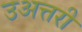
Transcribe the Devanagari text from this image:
उअत्तरी